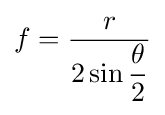
f={\dfrac {r}{2\sin {\dfrac {\theta }{2}}}}